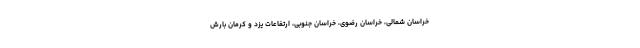
خراسان شمالی، خراسان رضوی، خراسان جنوبی، ارتفاعات یزد و کرمان بارش